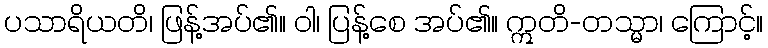
ပသာရိယတိ၊ ဖြန့်အပ်၏။ ဝါ၊ ပြန့်စေ အပ်၏။ ဣတိ-တသ္မာ၊ ကြောင့်။